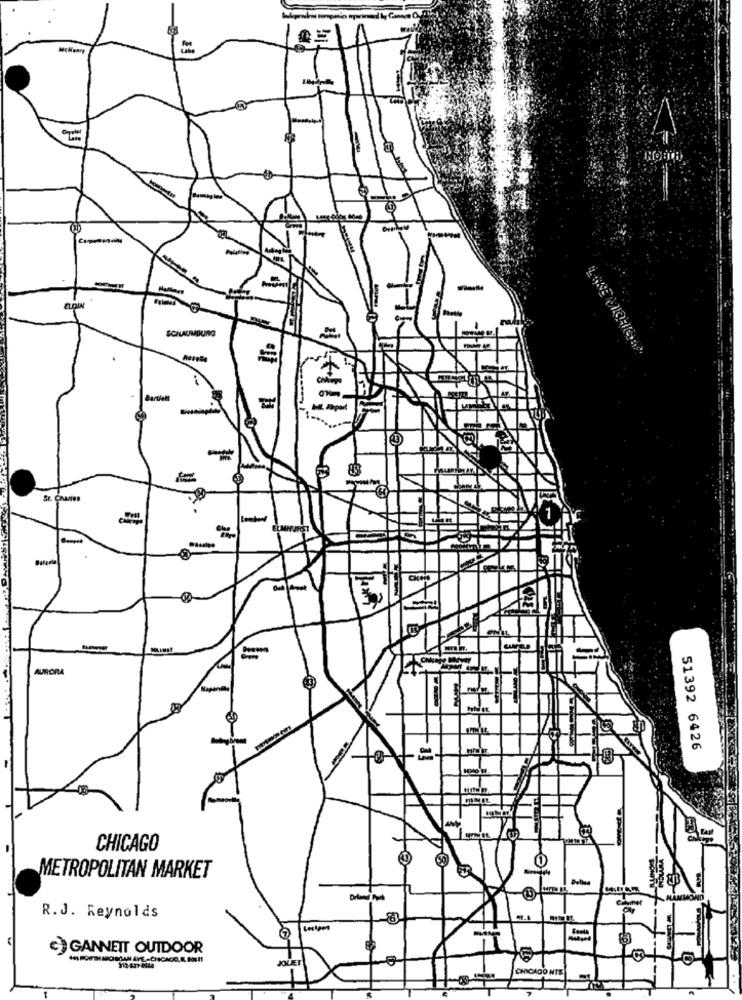
HOTTE
-
ELOIN
SCHAUMDUNG
Bardiett
-
-
HORA
51392 6426
CHICAGO
METROPOLITAN MARKET
R.J. Reynolds
G GANNEIT OUTDOOR
QUET
CHICAGO NTS